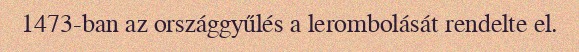
1473-ban az országgyűlés a lerombolását rendelte el.